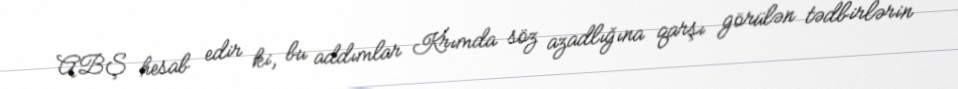
ABŞ hesab edir ki, bu addımlar Krımda söz azadlığına qarşı görülən tədbirlərin